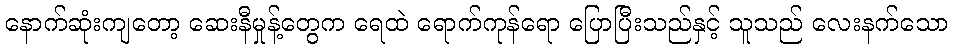
နောက်ဆုံးကျတော့ ဆေးနီမှုန့်တွေက ရေထဲ ရောက်ကုန်ရော ပြောပြီးသည်နှင့် သူသည် လေးနက်သော